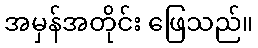
အမှန်အတိုင်း ဖြေသည်။